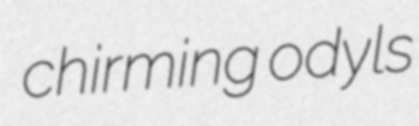
chirming odyls